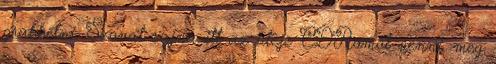
grabbelni. Szoval sajna itt az ideje CDRomot venni. meg